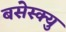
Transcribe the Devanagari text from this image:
बसेस्क्यु